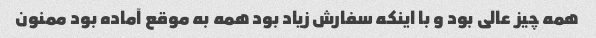
همه چیز عالی بود و با اینکه سفارش زیاد بود همه به موقع آماده بود ممنون